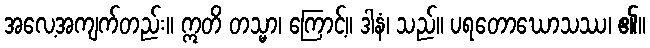
အလေ့အကျက်တည်း။ ဣတိ တသ္မာ၊ ကြောင့်။ ဒါနံ၊ သည်။ ပရတောဃောသဿ၊ ၏။